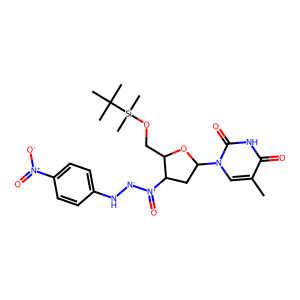
SMILES: Cc1cn(C2CC([N+](=O)[N-]Nc3ccc([N+](=O)[O-])cc3)C(CO[Si](C)(C)C(C)(C)C)O2)c(=O)[nH]c1=O
Inhibits HIV replication: No